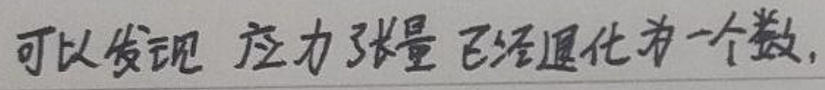
可以发现应力张量已经退化为一个数.